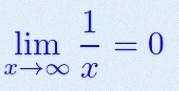
\lim_{x\to\infty}\frac{1}{x}=0